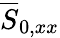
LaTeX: \overline{{S}}_{0,xx}